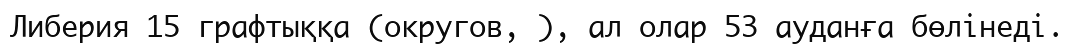
Либерия 15 графтыққа (округов, ), ал олар 53 ауданға бөлінеді.